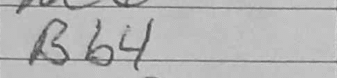
Transcription: Bb4